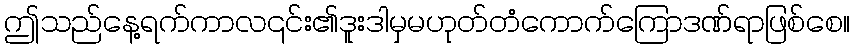
ဤသည်နေ့ရက်ကာလ၎င်း၏ဒူးဒါမှမဟုတ်တံကောက်ကြောဒဏ်ရာဖြစ်စေ။